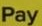
Pay